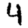
Digit: 4